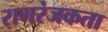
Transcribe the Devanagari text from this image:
रागरंजकता